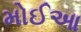
મોઈઆ